Report of the Indian Hemp Drugs Commission, 1894-1895 - Volume I
Year: 1894
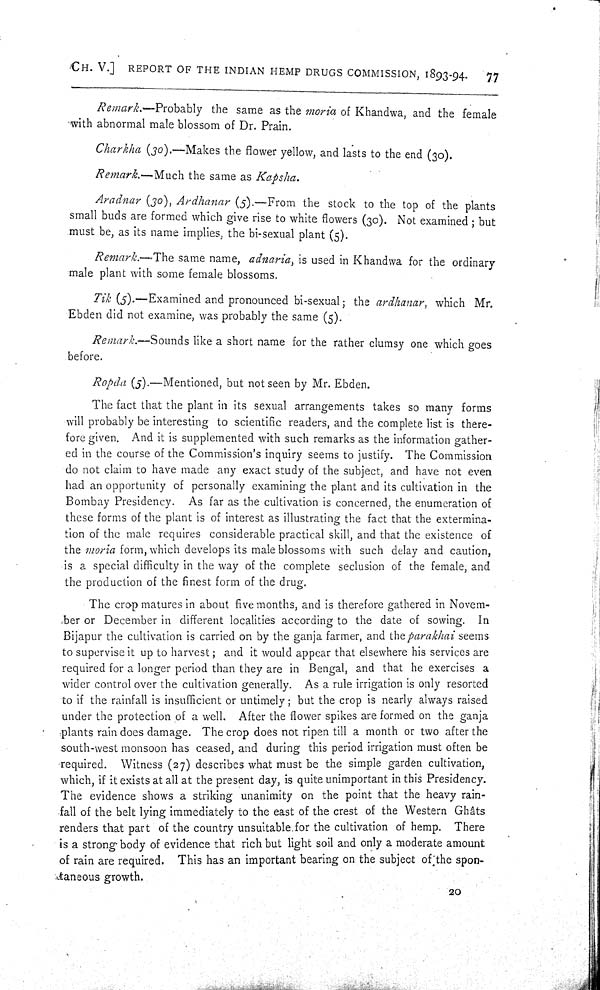
CH. V.] REPORT OF THE INDIAN HEMP DRUGS COMMISSION, 1893-94. 77
Remark.-Probably the same as the moria of Khandwa, and the female
with abnormal male blossom of Dr. Prain.
Charkha (30).—Makes the flower yellow, and lasts to the end (30).
Remark.-Much the same as Kapsha.
Aradnar (30), Ardhanar (5).-From the stock to the top of the plants
small buds are formed which give rise to white flowers (30). Not examined; but
must be, as its name implies, the bi-sexual plant (5).
Remark.—The same name, adnaria, is used in Khandwa for the ordinary
male plant with some female blossoms.
Tik (5).—Examined and pronounced bi-sexual; the ardhanar, which Mr.
Ebden did not examine, was probably the same (5).
Remark.—Sounds like a short name for the rather clumsy one which goes
before.
Ropda (5).—Mentioned, but not seen by Mr. Ebden.
The fact that the plant in its sexual arrangements takes so many forms
will probably be interesting to scientific readers, and the complete list is there-
fore given. And it is supplemented with such remarks as the information gather-
ed in the course of the Commission's inquiry seems to justify. The Commission
do not claim to have made any exact study of the subject, and have not even
had an opportunity of personally examining the plant and its cultivation in the
Bombay Presidency. As far as the cultivation is concerned, the enumeration of
these forms of the plant is of interest as illustrating the fact that the extermina-
tion of the male requires considerable practical skill, and that the existence of
the moria form, which develops its male blossoms with such delay and caution,
is a special difficulty in the way of the complete seclusion of the female, and
the production of the finest form of the drug.
The crop matures in about five months, and is therefore gathered in Novem-
ber or December in different localities according to the date of sowing. In
Bijapur the cultivation is carried on by the ganja farmer, and the parakhai seems
to supervise it up to harvest; and it would appear that elsewhere his services are
required for a longer period than they are in Bengal, and that he exercises a
wider control over the cultivation generally. As a rule irrigation is only resorted
to if the rainfall is insufficient or untimely; but the crop is nearly always raised
under the protection of a well. After the flower spikes are formed on the ganja
plants rain does damage. The crop does not ripen till a month or two after the
south-west monsoon has ceased, and during this period irrigation must often be
required. Witness (27) describes what must be the simple garden cultivation,
which, if it exists at all at the present day, is quite unimportant in this Presidency.
The evidence shows a striking unanimity on the point that the heavy rain-
fall of the belt lying immediately to the east of the crest of the Western Ghâts
renders that part of the country unsuitable for the cultivation of hemp. There
is a strong body of evidence that rich but light soil and only a moderate amount
of rain are required. This has an important bearing on the subject of the spon-
taneous growth.
20